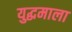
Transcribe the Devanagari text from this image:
युद्धमाला